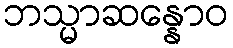
ဘသ္မာဆန္နောဝ